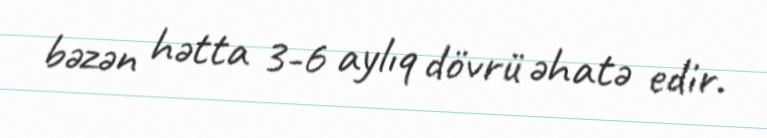
bəzən hətta 3-6 aylıq dövrü əhatə edir.